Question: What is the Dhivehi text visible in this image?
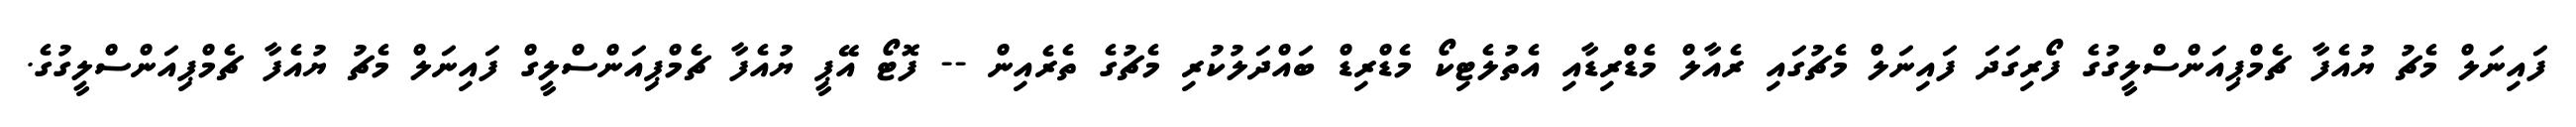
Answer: ފައިނަލް މެޗު ޔުއެފާ ޗެމްޕިއަންސްލީގުގެ ފޯރިގަދަ ފައިނަލް މެޗުގައި ރެއާލް މެޑްރިޑާއި އެތުލެޓިކޯ މެޑްރިޑް ބައްދަލުކުރި މެޗުގެ ތެރެއިން -- ފޮޓޯ އޭޕީ ޔުއެފާ ޗެމްޕިއަންސްލީގް ފައިނަލް މެޗު ޔުއެފާ ޗެމްޕިއަންސްލީގުގެ.